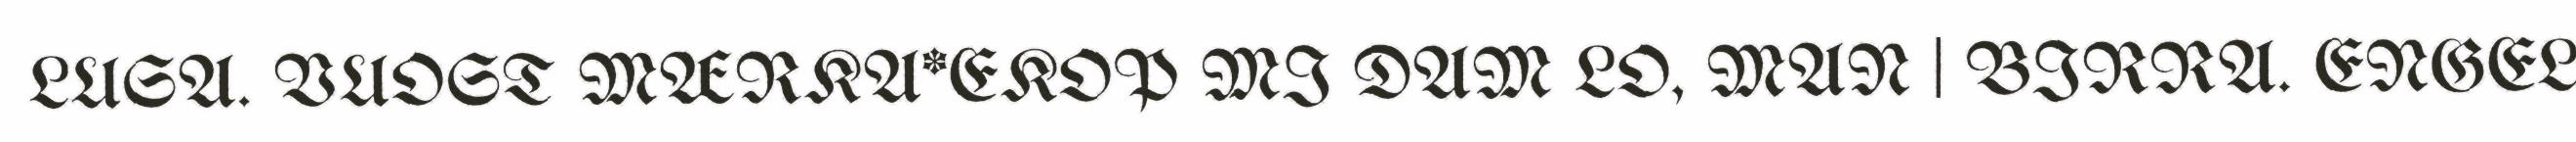
LUSA. VUOST MÆRKA*EKOP MI DAM LO, MAN | BIRRA. ENGEL